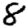
Digit: 8